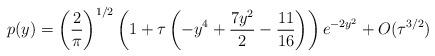
LaTeX: \begin{align*}p(y)=\left(\frac{2}{\pi}\right)^{1/2}\left(1+\tau\left(-y^{4}+\frac{7y^{2}}{2}-\frac{11}{16}\right)\right)e^{-2y^{2}}+O(\tau^{3/2})\end{align*}